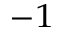
^ { - 1 }